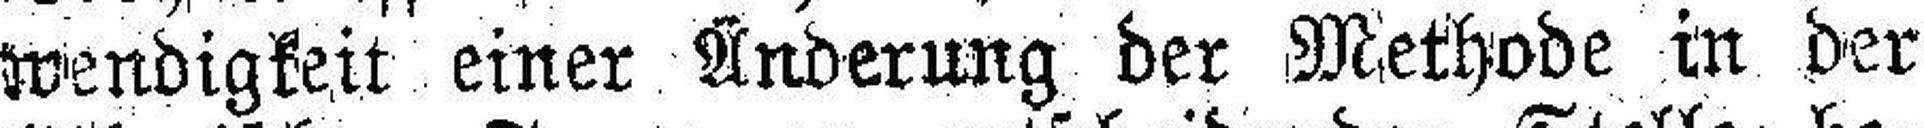
wendigkeit einer Änderung der Methode in der